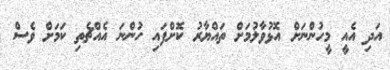
އަދި އެއީ މީހުންނަށް އޮޅުވާލުމަށް ތައްޔާރު ކޮށްފައި ހުންނަ އެއްޗެތި ކަމަށް ވެސް